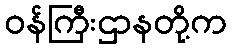
ဝန်ကြီးဌာနတို့က